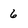
Character: 6